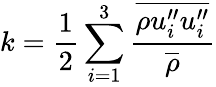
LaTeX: k=\frac{1}{2}\sum_{i=1}^{3}\frac{\overline{{\rho u_{i}^{\prime\prime}u_{i}^{\prime\prime}}}}{\overline{{\rho}}}